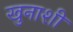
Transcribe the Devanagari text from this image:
खुनाशी